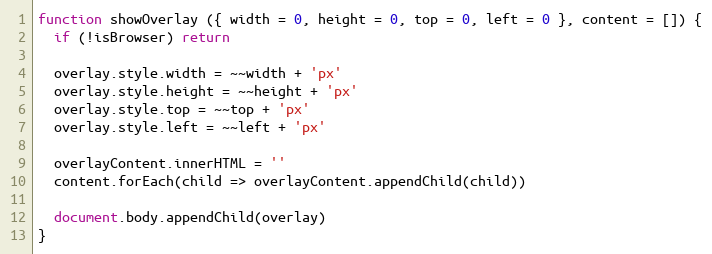
Language: JavaScript
function showOverlay ({ width = 0, height = 0, top = 0, left = 0 }, content = []) {
  if (!isBrowser) return

  overlay.style.width = ~~width + 'px'
  overlay.style.height = ~~height + 'px'
  overlay.style.top = ~~top + 'px'
  overlay.style.left = ~~left + 'px'

  overlayContent.innerHTML = ''
  content.forEach(child => overlayContent.appendChild(child))

  document.body.appendChild(overlay)
}